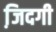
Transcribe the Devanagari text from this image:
जि़दगी